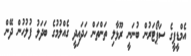
އެމްޑީޕީގެ ސަޕޯޓަރުން ބުނަނީ ރޫޅާލި ތަންތަން ހަދައިދީ ގެއްލުމުގެ ބަދަލު ފުލުހުން ދޭން